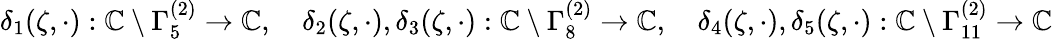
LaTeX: \begin{array}{r}{\delta_{1}(\zeta,\cdot):\mathbb{C}\setminus\Gamma_{5}^{(2)}\to\mathbb{C},\quad\delta_{2}(\zeta,\cdot),\delta_{3}(\zeta,\cdot):\mathbb{C}\setminus\Gamma_{8}^{(2)}\to\mathbb{C},\quad\delta_{4}(\zeta,\cdot),\delta_{5}(\zeta,\cdot):\mathbb{C}\setminus\Gamma_{11}^{(2)}\to\mathbb{C}}\end{array}